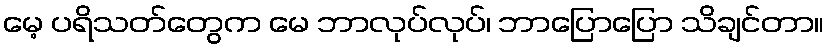
မေ့ ပရိသတ်တွေက မေ ဘာလုပ်လုပ်၊ ဘာပြောပြော သိချင်တာ။